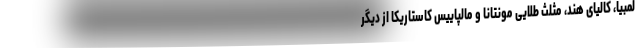
لمبیا، کالیای هند، مثلث طلایی مونتانا و مالپاییس کاستاریکا از دیگر